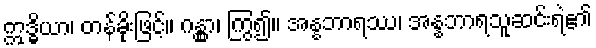
ဣဒ္ဓိယာ၊ တန်ခိုးဖြင့်။ ဂန္တွာ၊ ကြွ၍။ အန္နဘာရဿ၊ အန္နဘာရသူဆင်းရဲ၏